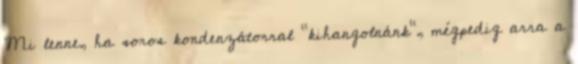
Mi lenne, ha soros kondenzátorral "kihangolnánk", mégpedig arra a